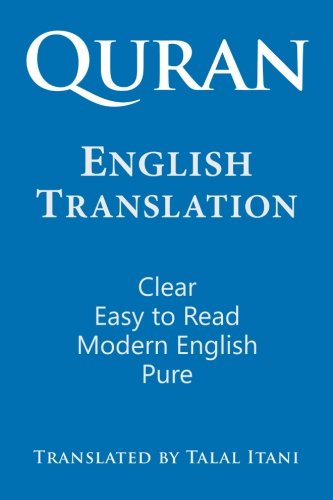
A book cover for Quran: English Translation. Clear, Pure, Easy to Read, in Modern English; Talal Itani; Religion & Spirituality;